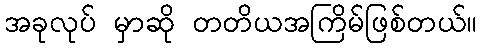
အခုလုပ် မှာဆို တတိယအကြိမ်ဖြစ်တယ်။